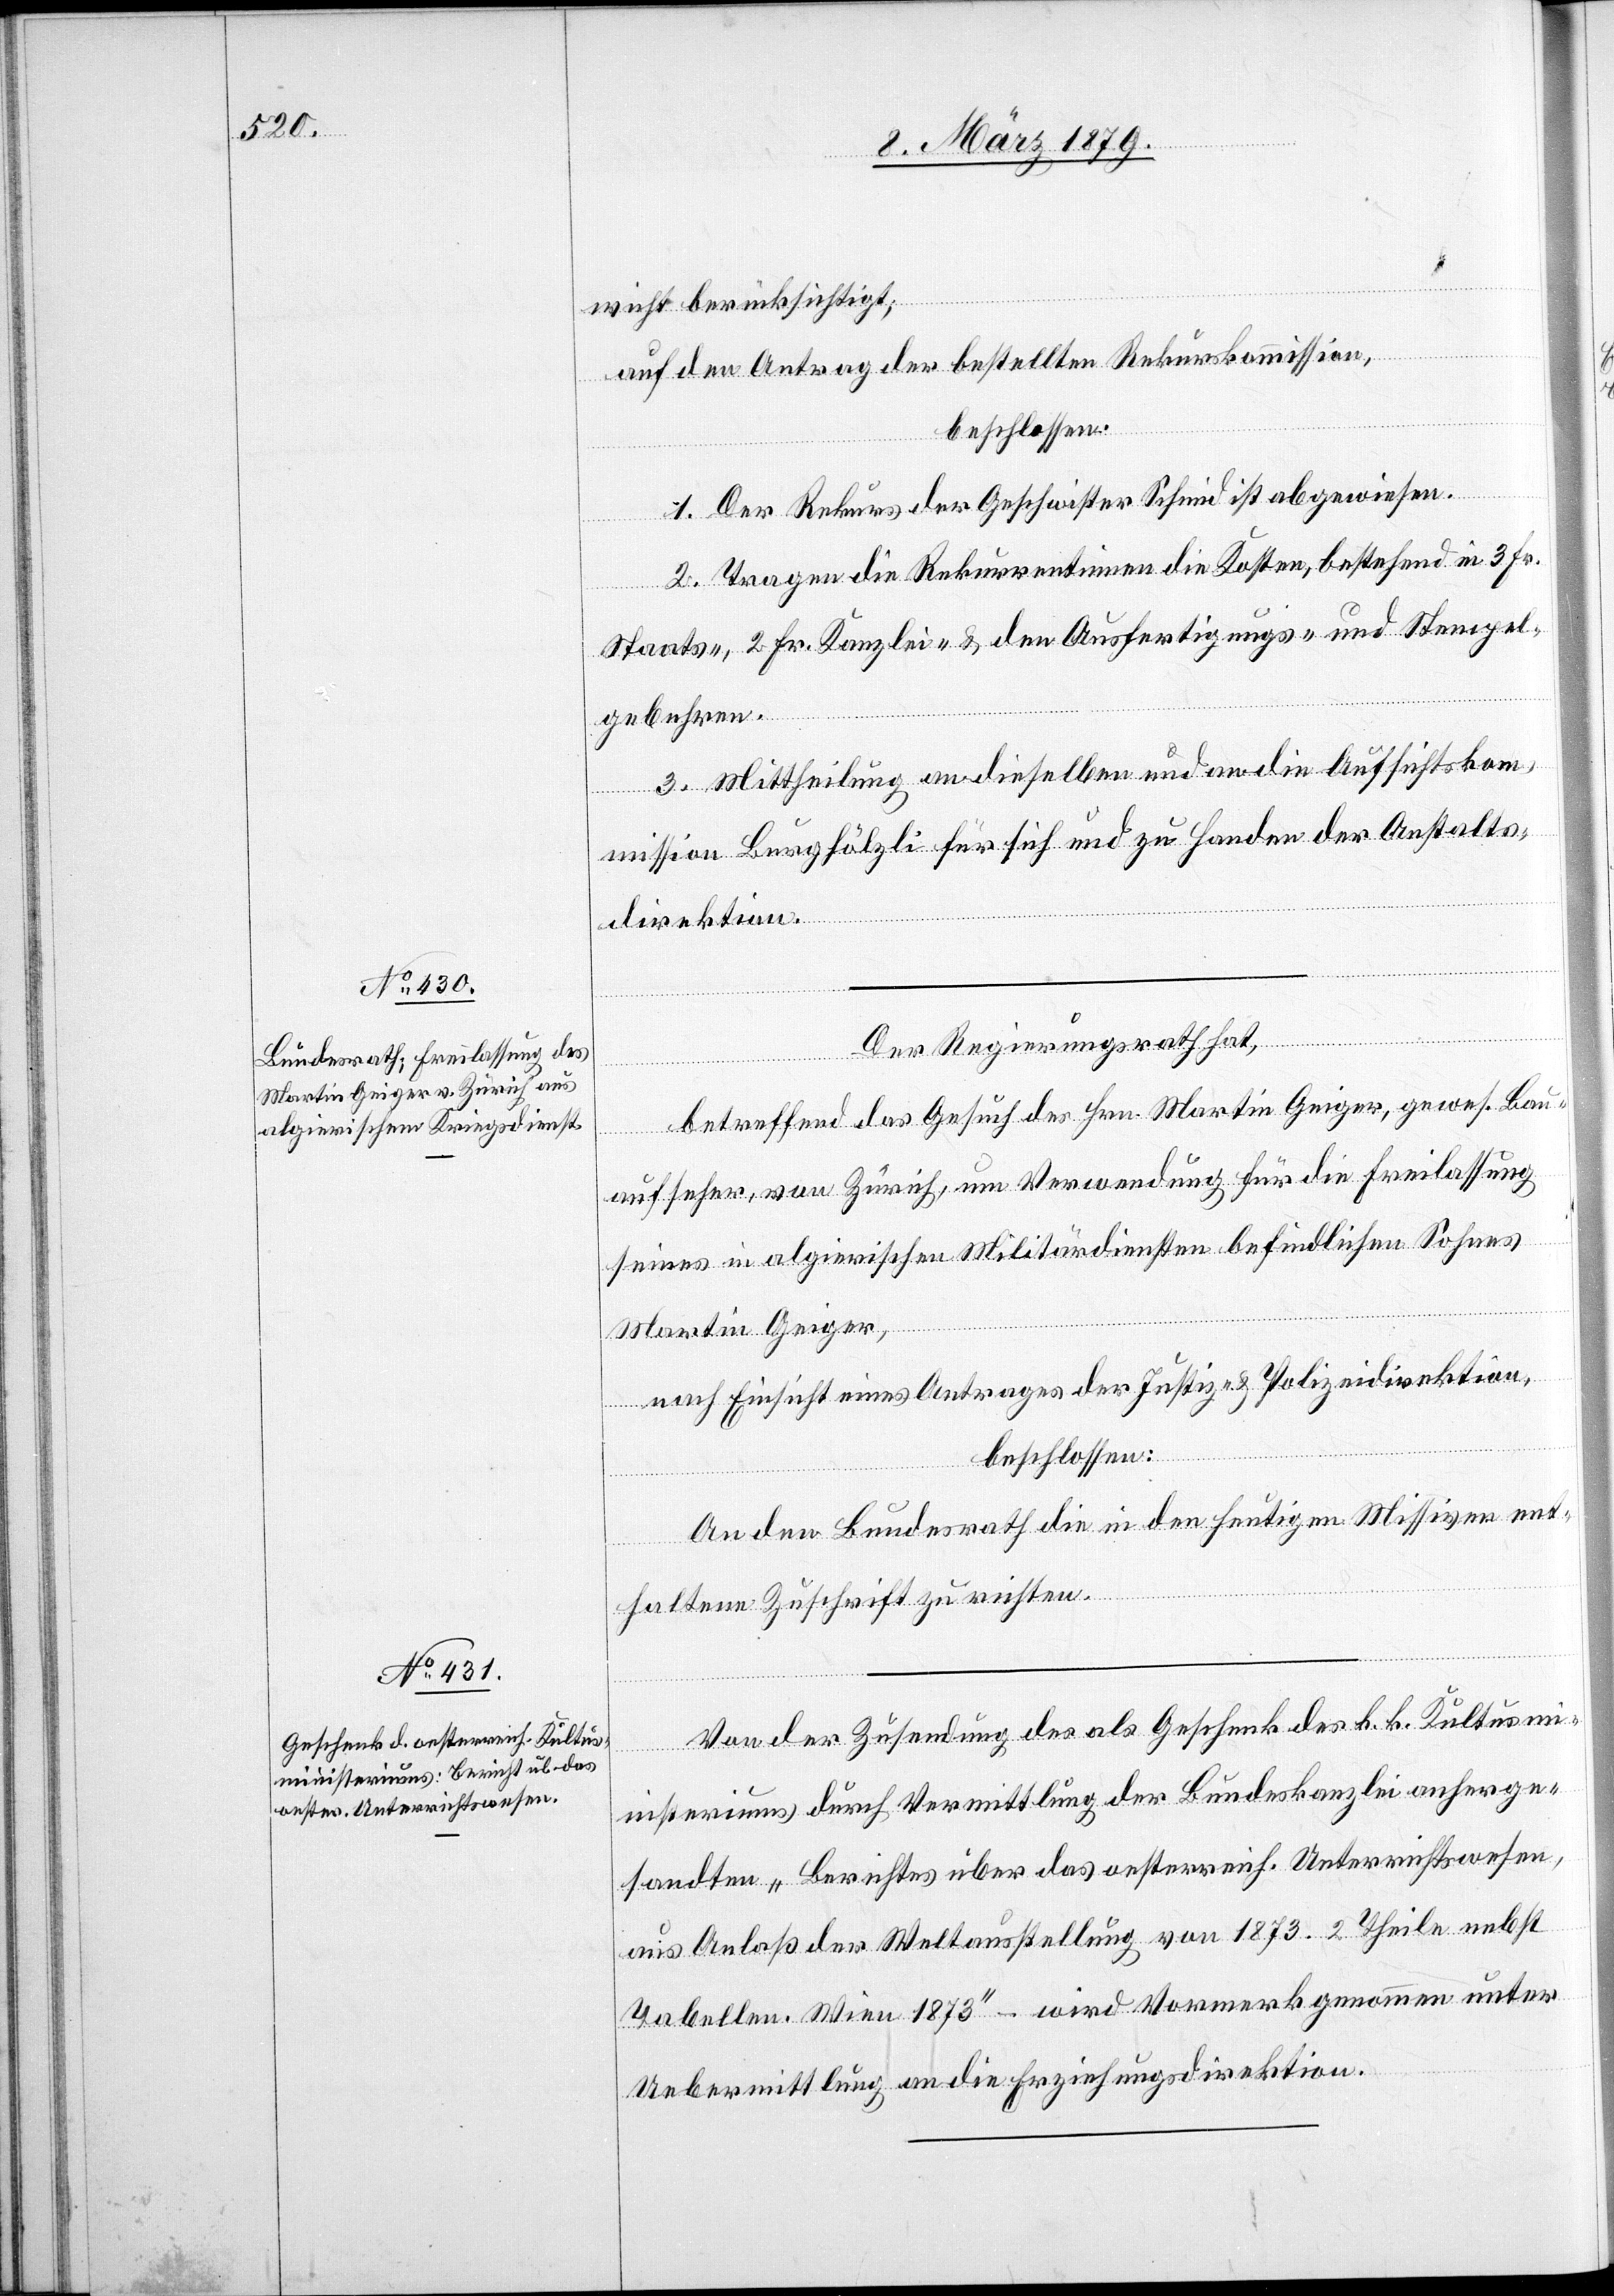
wicht berücksichtigt;
auf den Antrag der bestellten Rekurskommission,
beschlossen:
1. Der Rekurs der Geschwister Schmid ist abgewiesen.
2. Tragen die Rekurrentinnen die Kosten, bestehend in 3 Fr.
Staats-, 2 Fr. Kanzlei- & den Ausfertigungs- und Stempel¬
gebühren.
3. Mittheilung an dieselben und an die Aufsichtskomm¬
direktion.
Der Regierungsrath hat,
betreffend das Gesuch des Hrn. Martin Geiger, gewes. Bau¬
aufseher, von Zürich, um Verwendung für die Freilassung
seines in algierischen Militärdiensten befindlichen Sohnes
Anstalts¬
Martin Geiger,
nach Einsicht eines Antrages der Justiz- & Polizeidirektion,
beschlossen
An den Bundesrath die in den heutigen Missiven ent¬
haltene Zuschrift zu richten.
Von der Zusendung des als Geschenk des k. k. Kultusm¬
inisteriums durch Vermittlung der Bundeskanzlei anherge¬
sandten „Berichtes über das oesterreich. Unterrichtswesen,
aus Anlaß der Weltausstellung von 1873. 2 Theile nebst
Tabellen. Wien 1873“ – wird Vormerk genommen unter
Uebermittlung an die Erziehungsdirektion.